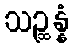
သဉ္ဆန္နံ